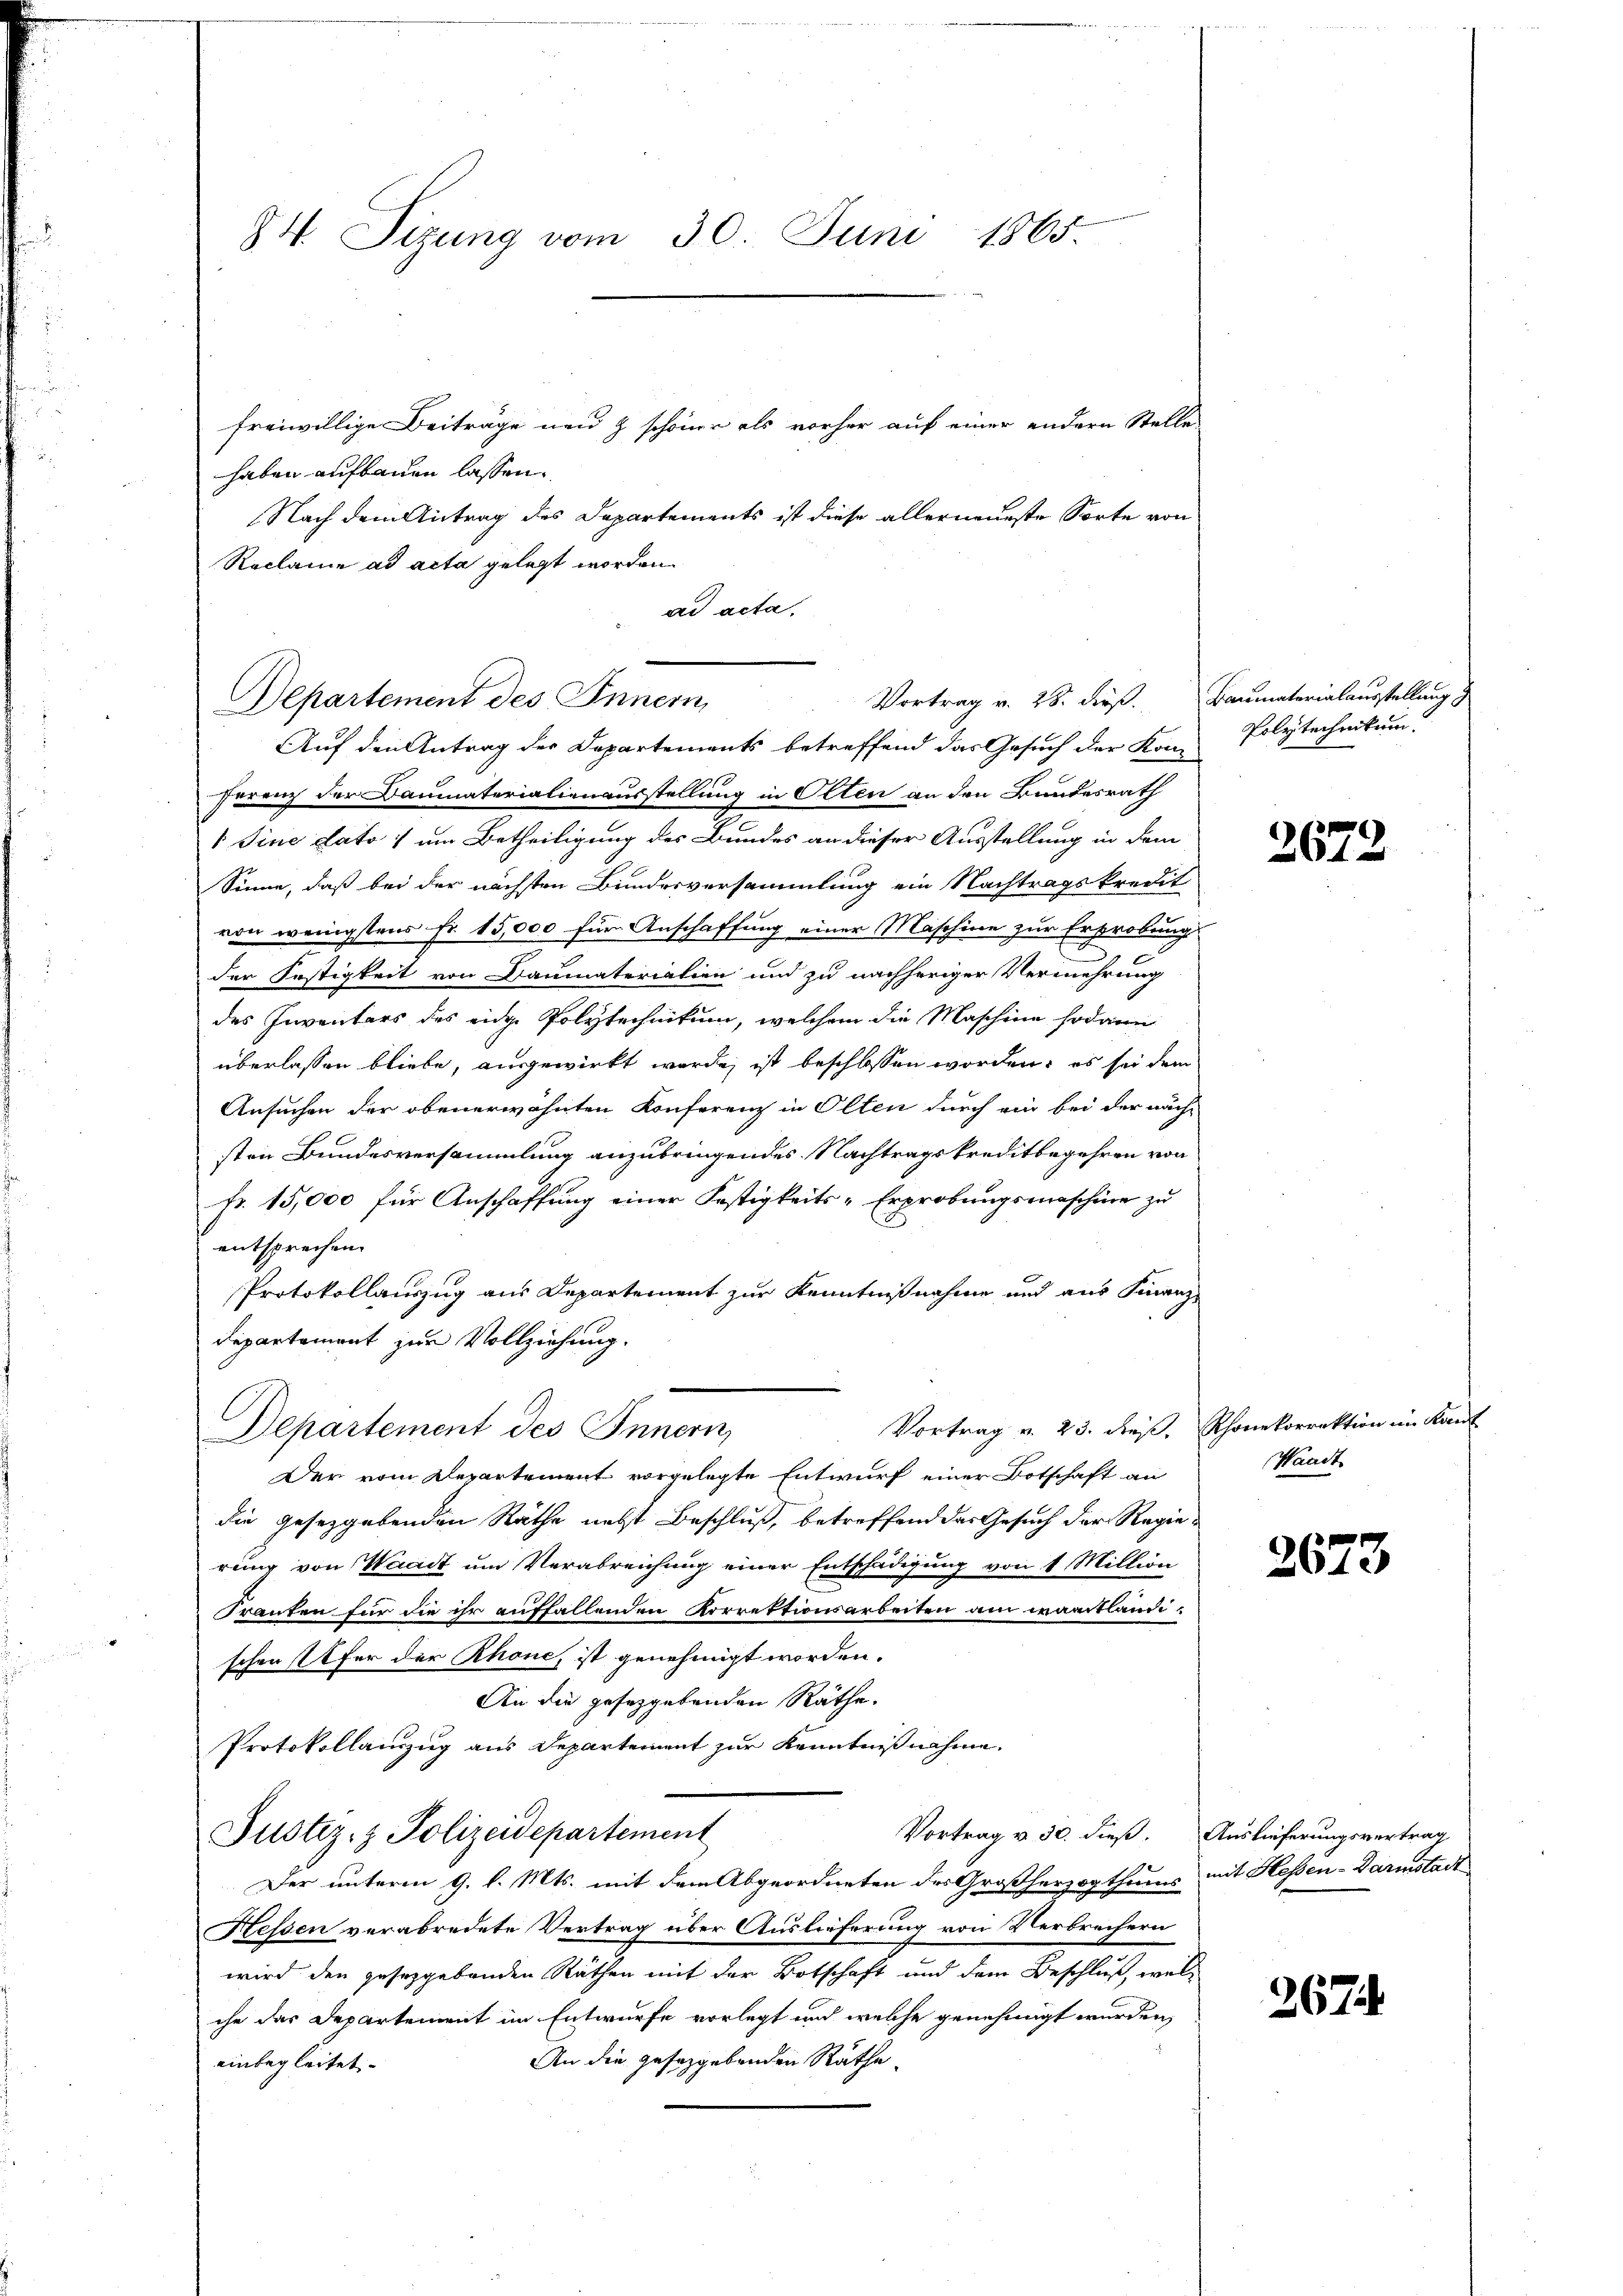
34. Sizung vom 30. Juni 1865.

freiwillige Beiträge und z schöner als vorher auf einer andern Stelle
haben aufbauen lassen.
Nach dem Antrag des Departements ist diese allerneueste Sorte von
Reclamie ad acta gelegt worden.
ad acta.

Departement des Innern
Auf den Antrag der Departements betreffend das Gesuch der Kom

Vortrag v. 28. dieß. Baumaterialausstellung

ferenz der Baumaterialienausstellung in Olten an den Bundesrath
1 Sine dato um Betheiligung des Bundes an dieser Ausstellung in dem
Sinne, daß bei der nächsten Bundesversammlung ein Nachtragskredit
von wenigstens Fr. 15,000 für Anschaffung einer Maschine zur Erprobung
der Festigkeit von Baumaterialien und zu nachheriger Vermehrung
des Inventars des eine Polytechnikum, welchem die Maschine sodann
überlassen bliebe, ausgewirkt werde, ist beschlossen worden; es sei dem
Ansuchen der obenerwähnten Konferenz in Olten durch ein bei der näch-
sten Bundesversammlung anzubringendes Nachtragskreditbegehren von
fr. 15,000 für Anschaffung einer Festigkeits-Erprobungsmaschine zu
entsprechen.
Protokollauszug aus Departement zur Kenntnißnahme und aus Finanz
Departement zur Vollziehung.
Departement des Innern,
Der vom Departement vorgelegte Entwurf einer Botschaft an
die gesetzgebenden Räthe nebst Beschluß, betreffend das Gesuch der Regierung von Waadt um Verabreichung einer Entschädigung von 1 Million
Franten für die ihr auffallenden Korrektionsarbeiten am westländischen Ufer der Rhone, ist genehmigt worden.
An die gesetzgebenden Räthe.
Protokollauszug aus Departement zur Kenntnißnahme.
Vortrag v. 30. dieß. Auslieferungsvertrag
Justiz- & Polizeidepartement
Der unterm 9. l. Mts. mit dem Abgeordneten des Großherzogthums mit Hessen-Darmstadt
Hessen verabredete Vertrag über Auslieferung von Verbrechern
wird den gesetzgebenden Räthen mit der Botschaft und dem Beschluß, welche das Departement im Entwurfe vorlegt und welche genehmigt wurden,
An die gesetzgebenden Räthe
einbegleitet.

Polytechnikum.

2672

Vortrag v. 23. dieß. Rhonekorrektion im Kant
Waadt

2673

2671